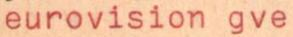
eurovision gve